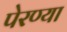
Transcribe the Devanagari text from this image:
पेरण्या